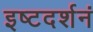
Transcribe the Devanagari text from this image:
इष्टदर्शनं